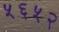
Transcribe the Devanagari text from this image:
५६५२